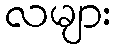
လများ